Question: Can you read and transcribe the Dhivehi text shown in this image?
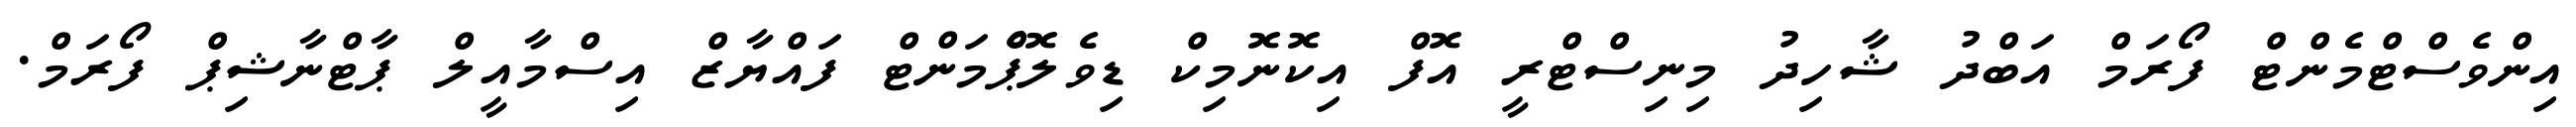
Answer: އިންވެސްޓްމެންޓް ފޯރަމް އަބްދު ޝާހިދު މިނިސްޓްރީ އޮފް އިކޮނޮމިކް ޑިވެލޮޕްެމަންޓް ފައްޔާޒް އިސްމާއީލް ޕާޓްނާޝިޕް ފޯރަމް.